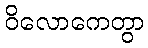
ဝိလောကေတွာ